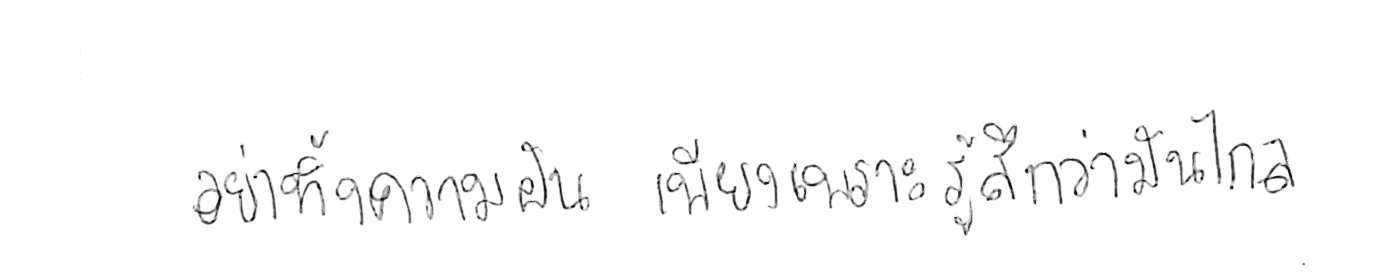
อย่าทิ้งความฝัน เพียงเพราะรู้สึกว่ามันไกล